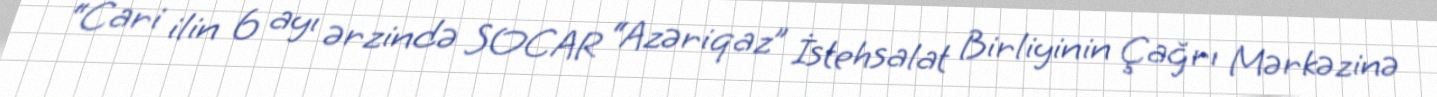
“Cari ilin 6 ayı ərzində SOCAR “Azəriqaz” İstehsalat Birliyinin Çağrı Mərkəzinə